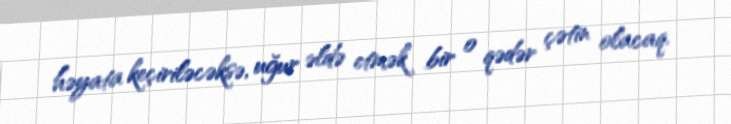
həyata keçiriləcəksə, uğur əldə etmək bir o qədər çətin olacaq.